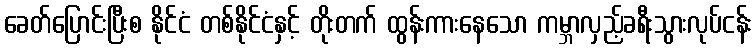
ခေတ်ပြောင်းပြီးစ နိုင်ငံ တစ်နိုင်ငံနှင့် တိုးတက် ထွန်းကားနေသော ကမ္ဘာလှည့်ခရီးသွားလုပ်ငန်း